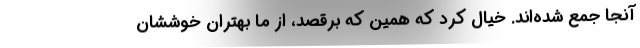
آنجا جمع شده‌اند. خيال كرد كه همين كه برقصد، از ما بهتران خوششان